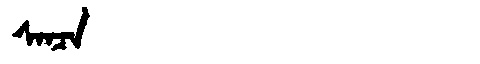
Manchu: ᠰᠠᠨᠴᠠ
Romanization: SANCA